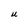
Character: U